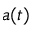
a ( t )